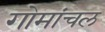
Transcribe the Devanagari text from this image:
गोमांचल